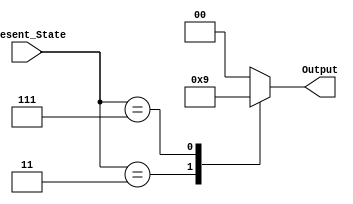
`timescale 1ns / 1ps
//////////////////////////////////////////////////////////////////////////////////
// Company: 
// Engineer: 
// 
// Design Name: 
// Module Name: Output_Logic
// Project Name: 
// Target Devices: 
// Tool Versions: 
// Description: 
// 
// Dependencies: 
// 
// Revision:
// Revision 0.01 - File Created
// Additional Comments:
// 
//////////////////////////////////////////////////////////////////////////////////


module Output_Logic(
    input [3:0] Present_State,
    output reg [1:0] Output
    );
    always @(Present_State) begin 
    case (Present_State)
        4'b0011: Output = 2'b10;
        4'b0111: Output = 2'b01;
        default: Output = 2'b00;
    endcase
    end
endmodule